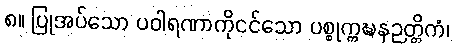
၈။ ပြုအပ်သော ပဝါရဏာကိုငင်သော ပစ္စုက္ကဍ္ဎနဉတ္တိကံ၊